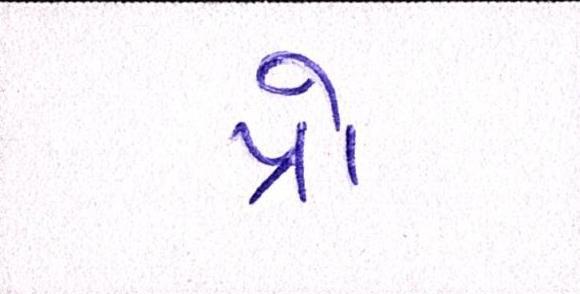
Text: પ્રો